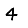
Digit: 4